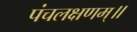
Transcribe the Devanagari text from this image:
पंचलक्षणम्‌॥